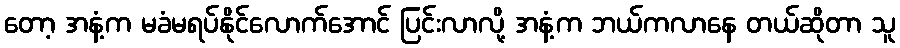
တော့ အနံ့က မခံမရပ်နိုင်လောက်အောင် ပြင်းလာလို့ အနံ့က ဘယ်ကလာနေ တယ်ဆိုတာ သူ